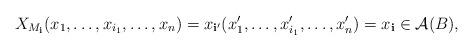
LaTeX: \begin{align*}X_{M_\mathbf i}(x_1, \dots, x_{i_1}, \dots, x_n) = x_{\mathbf i'}(x_1', \dots, x_{i_1}', \dots, x_n') = x_\mathbf i\in \mathcal A(B),\end{align*}